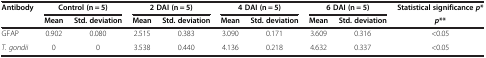
<table><thead><tr><td rowspan="2"><b>Antibody</b></td><td colspan="2"><b>Control (n = 5)</b></td><td colspan="2"><b>2 DAI (n = 5)</b></td><td colspan="2"><b>4 DAI (n = 5)</b></td><td colspan="2"><b>6 DAI (n = 5)</b></td><td><b>Statistical significance <i>p</i>*</b></td></tr><tr><td><b>Mean</b></td><td><b>Std. deviation</b></td><td><b>Mean</b></td><td><b>Std. deviation</b></td><td><b>Mean</b></td><td><b>Std. deviation</b></td><td><b>Mean</b></td><td><b>Std. deviation</b></td><td><b><i>p</i>**</b></td></tr></thead><tbody><tr><td>GFAP</td><td>0.902</td><td>0.080</td><td>2.515</td><td>0.383</td><td>3.090</td><td>0.171</td><td>3.609</td><td>0.316</td><td>&lt;0.05</td></tr><tr><td><i>T. gondii</i></td><td>0</td><td>0</td><td>3.538</td><td>0.440</td><td>4.136</td><td>0.218</td><td>4.632</td><td>0.337</td><td>&lt;0.05</td></tr></tbody></table>